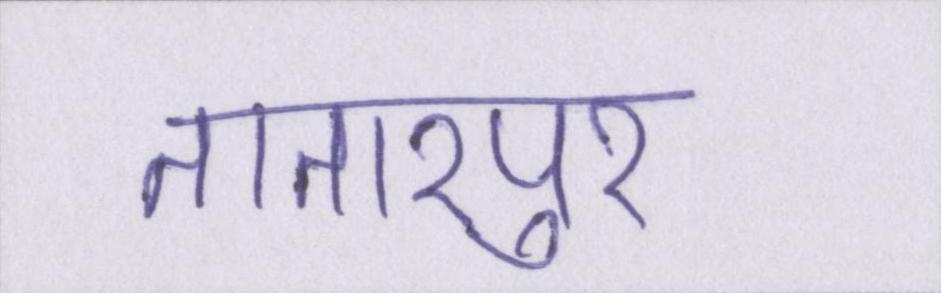
तातारपुर